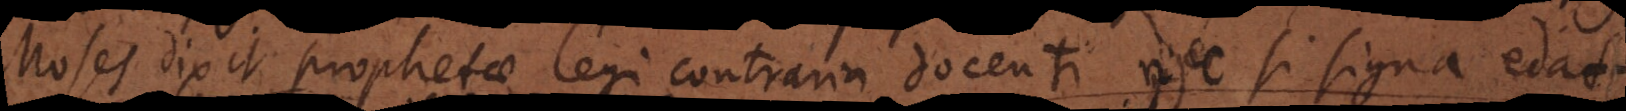
Moses dixit prophetae legi contraria docenti nec si signa edat